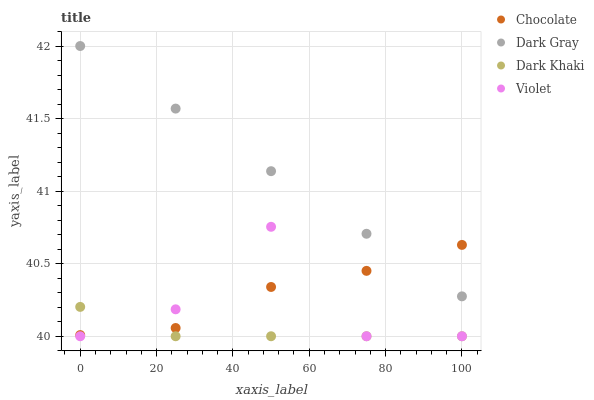
| xaxis_label | Chocolate | Dark Gray | Dark Khaki | Violet |
 | --- | --- | --- | --- | --- |
 | 0 | 40 | 42 | 40.2 | 40 |
 | 25 | 40.1 | 41.6 | 40 | 40.2 |
 | 50 | 40.3 | 41.1 | 40 | 40.8 |
 | 75 | 40.5 | 40.7 | 40 | 40 |
 | 100 | 40.6 | 40.3 | 40 | 40 |